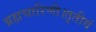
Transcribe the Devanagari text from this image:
ब्रह्मचारिणी।तृतीयं